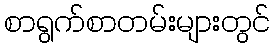
စာရွက်စာတမ်းများတွင်